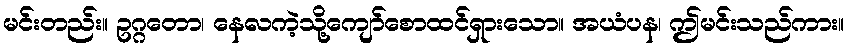
မင်းတည်း။ ဥဂ္ဂတော၊ နေလကဲ့သို့ကျော်စောထင်ရှားသော။ အယံပန၊ ဤမင်းသည်ကား။